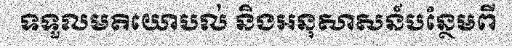
ទទួលមតិយោបល់ និងអនុសាសន៍បន្ថែមពី